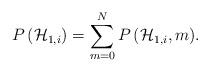
LaTeX: \begin{align*}P\left( { \mathcal{H} }_{ 1,i } \right) =\sum _{ m=0 }^{ N }{ P\left( { \mathcal{H} }_{ 1,i },m \right) }.\end{align*}